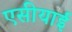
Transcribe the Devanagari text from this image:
एसीयाई